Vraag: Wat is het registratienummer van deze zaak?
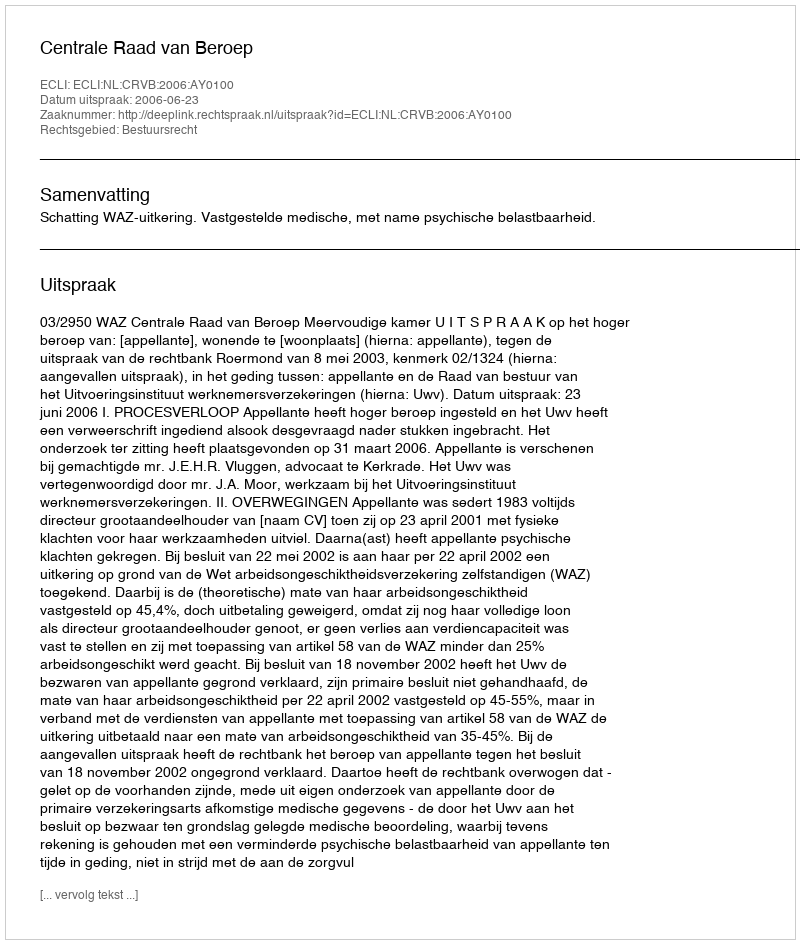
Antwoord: http://deeplink.rechtspraak.nl/uitspraak?id=ECLI:NL:CRVB:2006:AY0100